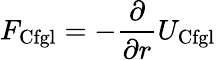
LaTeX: F_{\mathrm{Cfgl}}=-{\frac{\partial}{\partial r}}{U}_{\mathrm{Cfgl}}